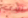
ليدي